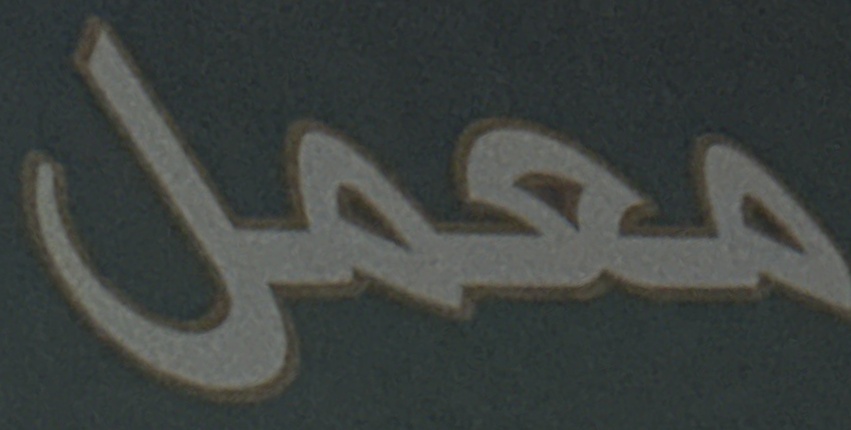
معمل